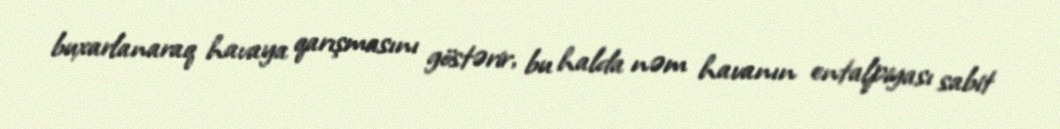
buxarlanaraq havaya qarışmasını göstərir, bu halda nəm havanın entalpiyası sabit